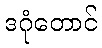
ဒဂုံတောင်